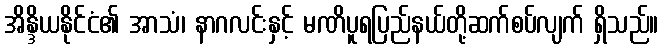
အိန္ဒိယနိုင်ငံ၏ အာသံ၊ နာဂလင်းနှင့် မဏိပူရပြည်နယ်တို့ဆက်စပ်လျက် ရှိသည်။